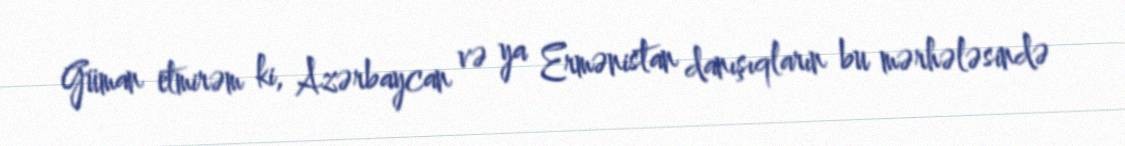
Güman etmirəm ki, Azərbaycan və ya Ermənistan danışıqların bu mərhələsində